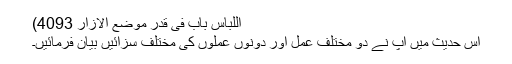
اللباس باب فی قدر موضع الازار 4093)
اس حدیث میں آپ نے دو مختلف عمل اور دونوں عملوں کی مختلف سزائیں بیان فرمائیں۔